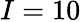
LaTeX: I=10